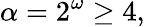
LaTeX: \alpha=2^{\omega}\geq 4,